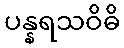
ပန္နရသဝိဓိ